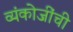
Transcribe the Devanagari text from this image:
व्यंकोजींची